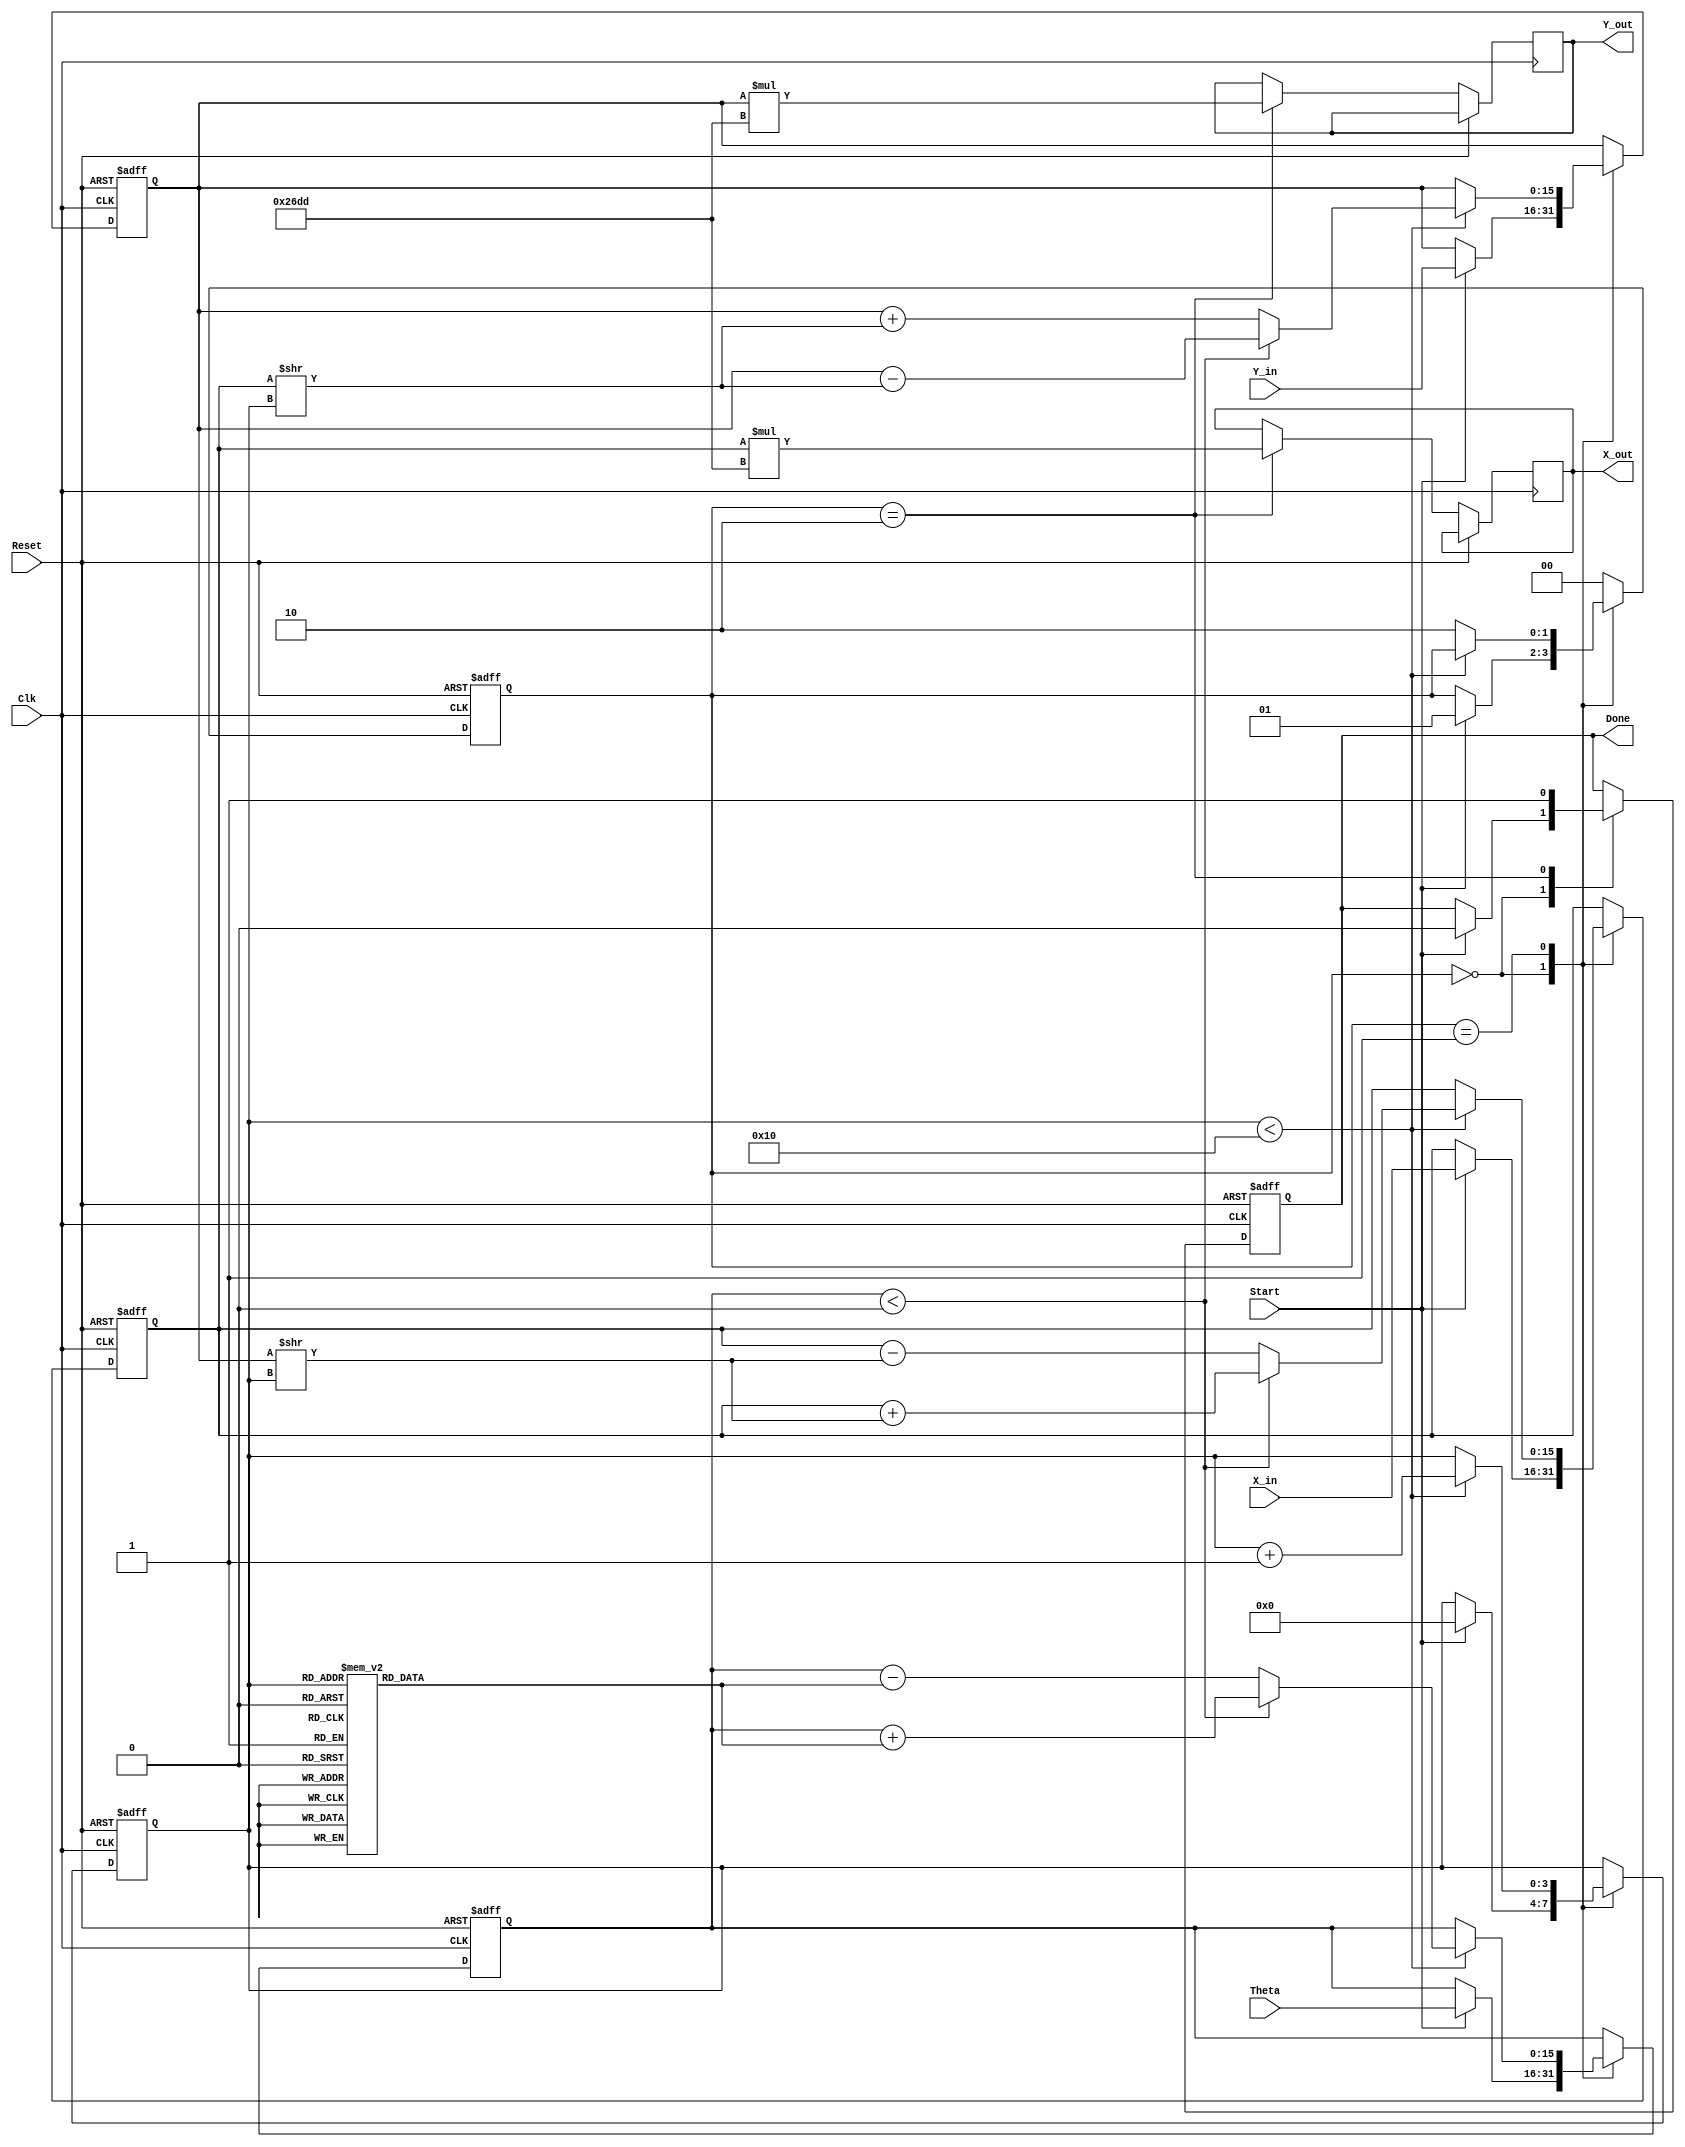
module cordic_2d (
    input  wire [15:0] X_in,      // Input X coordinate
    input  wire [15:0] Y_in,      // Input Y coordinate
    input  wire [15:0] Theta,      // Input angle in radians
    input  wire        Start,      // Start signal
    input  wire        Clk,        // Clock signal
    input  wire        Reset,      // Asynchronous reset
    output reg  [15:0] X_out,      // Output X coordinate
    output reg  [15:0] Y_out,      // Output Y coordinate
    output reg        Done         // Done signal
);

// Internal registers
reg [15:0] X_reg, Y_reg;
reg [15:0] Theta_reg;
reg [3:0] Iteration_count;
reg [1:0] state;

// CORDIC gain and arctangent values lookup table
parameter CORDIC_GAIN = 16'h26DD; // Scaling factor to be applied
reg [15:0] atan_tbl [0:15]; // Lookup table for arctangents

initial begin
    // Fill angle lookup table
    atan_tbl[0] = 16'h2000; // arctan(2^-0)
    atan_tbl[1] = 16'h1000; // arctan(2^-1)
    atan_tbl[2] = 16'h0800; // arctan(2^-2)
    atan_tbl[3] = 16'h0400; // arctan(2^-3)
    atan_tbl[4] = 16'h0200; // arctan(2^-4)
    atan_tbl[5] = 16'h0100; // arctan(2^-5)
    atan_tbl[6] = 16'h0080; // arctan(2^-6)
    atan_tbl[7] = 16'h0040; // arctan(2^-7)
    atan_tbl[8] = 16'h0020; // arctan(2^-8)
    atan_tbl[9] = 16'h0010; // arctan(2^-9)
    atan_tbl[10] = 16'h0008; // arctan(2^-10)
    atan_tbl[11] = 16'h0004; // arctan(2^-11)
    atan_tbl[12] = 16'h0002; // arctan(2^-12)
    atan_tbl[13] = 16'h0001; // arctan(2^-13)
    atan_tbl[14] = 16'h0001; // arctan(2^-14)
    atan_tbl[15] = 16'h0001; // arctan(2^-15)
end

// State machine
localparam IDLE = 2'b00;
localparam COMPUTE = 2'b01;
localparam DONE_STATE = 2'b10;

always @(posedge Clk or posedge Reset) begin
    if (Reset) begin
        state <= IDLE;
        X_reg <= 0;
        Y_reg <= 0;
        Theta_reg <= 0;
        Iteration_count <= 0;
        Done <= 0;
    end else begin
        case (state)
            IDLE: begin
                if (Start) begin
                    X_reg <= X_in;
                    Y_reg <= Y_in;
                    Theta_reg <= Theta;
                    Iteration_count <= 0;
                    Done <= 0;
                    state <= COMPUTE;
                end
            end
            
            COMPUTE: begin
                if (Iteration_count < 16) begin
                    if (Theta_reg < 0) begin // Rotate in the positive direction
                        X_reg <= X_reg + (Y_reg >> Iteration_count);
                        Y_reg <= Y_reg - (X_reg >> Iteration_count);
                        Theta_reg <= Theta_reg + atan_tbl[Iteration_count];
                    end else begin // Rotate in the negative direction
                        X_reg <= X_reg - (Y_reg >> Iteration_count);
                        Y_reg <= Y_reg + (X_reg >> Iteration_count);
                        Theta_reg <= Theta_reg - atan_tbl[Iteration_count];
                    end
                    Iteration_count <= Iteration_count + 1;
                end else begin
                    state <= DONE_STATE;
                end
            end
            
            DONE_STATE: begin
                X_out <= X_reg * CORDIC_GAIN; // Apply the scaling factor
                Y_out <= Y_reg * CORDIC_GAIN; // Apply the scaling factor
                Done <= 1;
                state <= IDLE; // Reset to idle state
            end

            default: state <= IDLE; // Safety case
        endcase
    end
end

endmodule